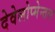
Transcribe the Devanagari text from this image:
देवेलोप्मेन्तल